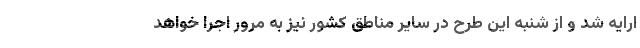
ارایه شد و از شنبه این طرح در سایر مناطق کشور نیز به مرور اجرا خواهد